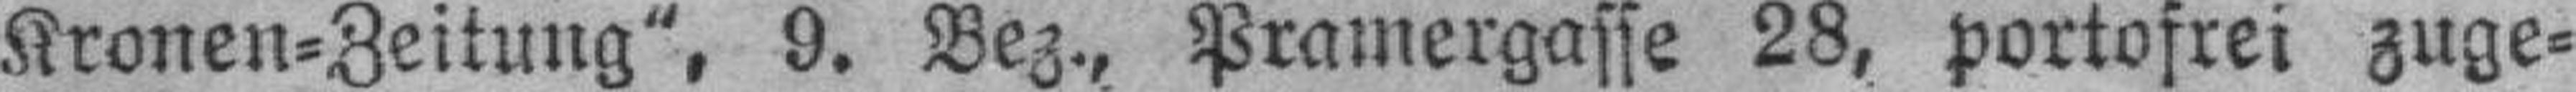
Kronen=Zeitung", 9. Bez., Pramergasse 28, portofrei zuge¬